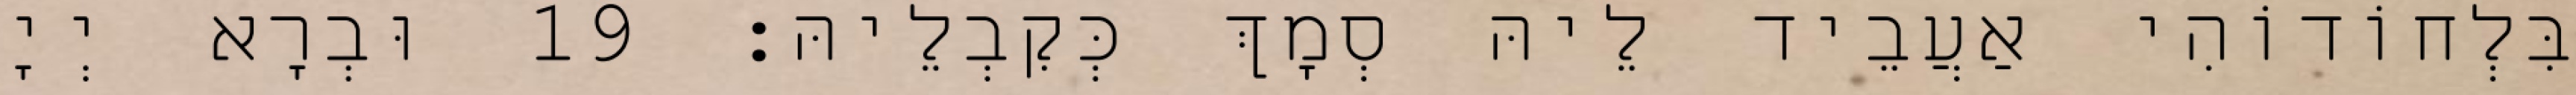
בִּלְחוֹדוֹהִי אַעֲבֵיד לֵיהּ סְמָךְ כְּקִבְלֵיהּ׃ 19 וּבְרָא יְיָ